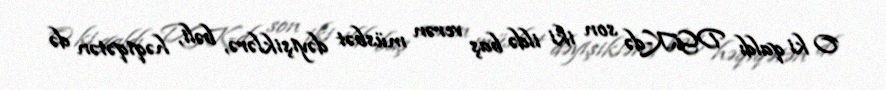
O ki qaldı DGK-də son iki ildə baş verən müsbət dəyişiklərə, bəli, həqiqətən də